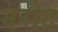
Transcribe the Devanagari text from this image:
मरोट